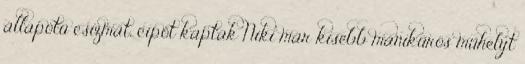
állapotú csizmát, cipőt kaptak Niki már kisebb manikűrös műhelyt